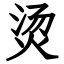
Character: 烫